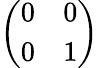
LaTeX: \left(\begin{array}{ll}{0}&{0}\\ {0}&{1}\end{array}\right)